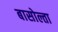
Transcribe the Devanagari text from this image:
बासोल्ता